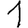
Digit: 1